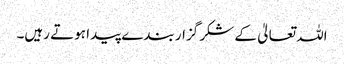
اللہ تعالیٰ کے شکر گزار بندے پیدا ہوتے رہیں۔